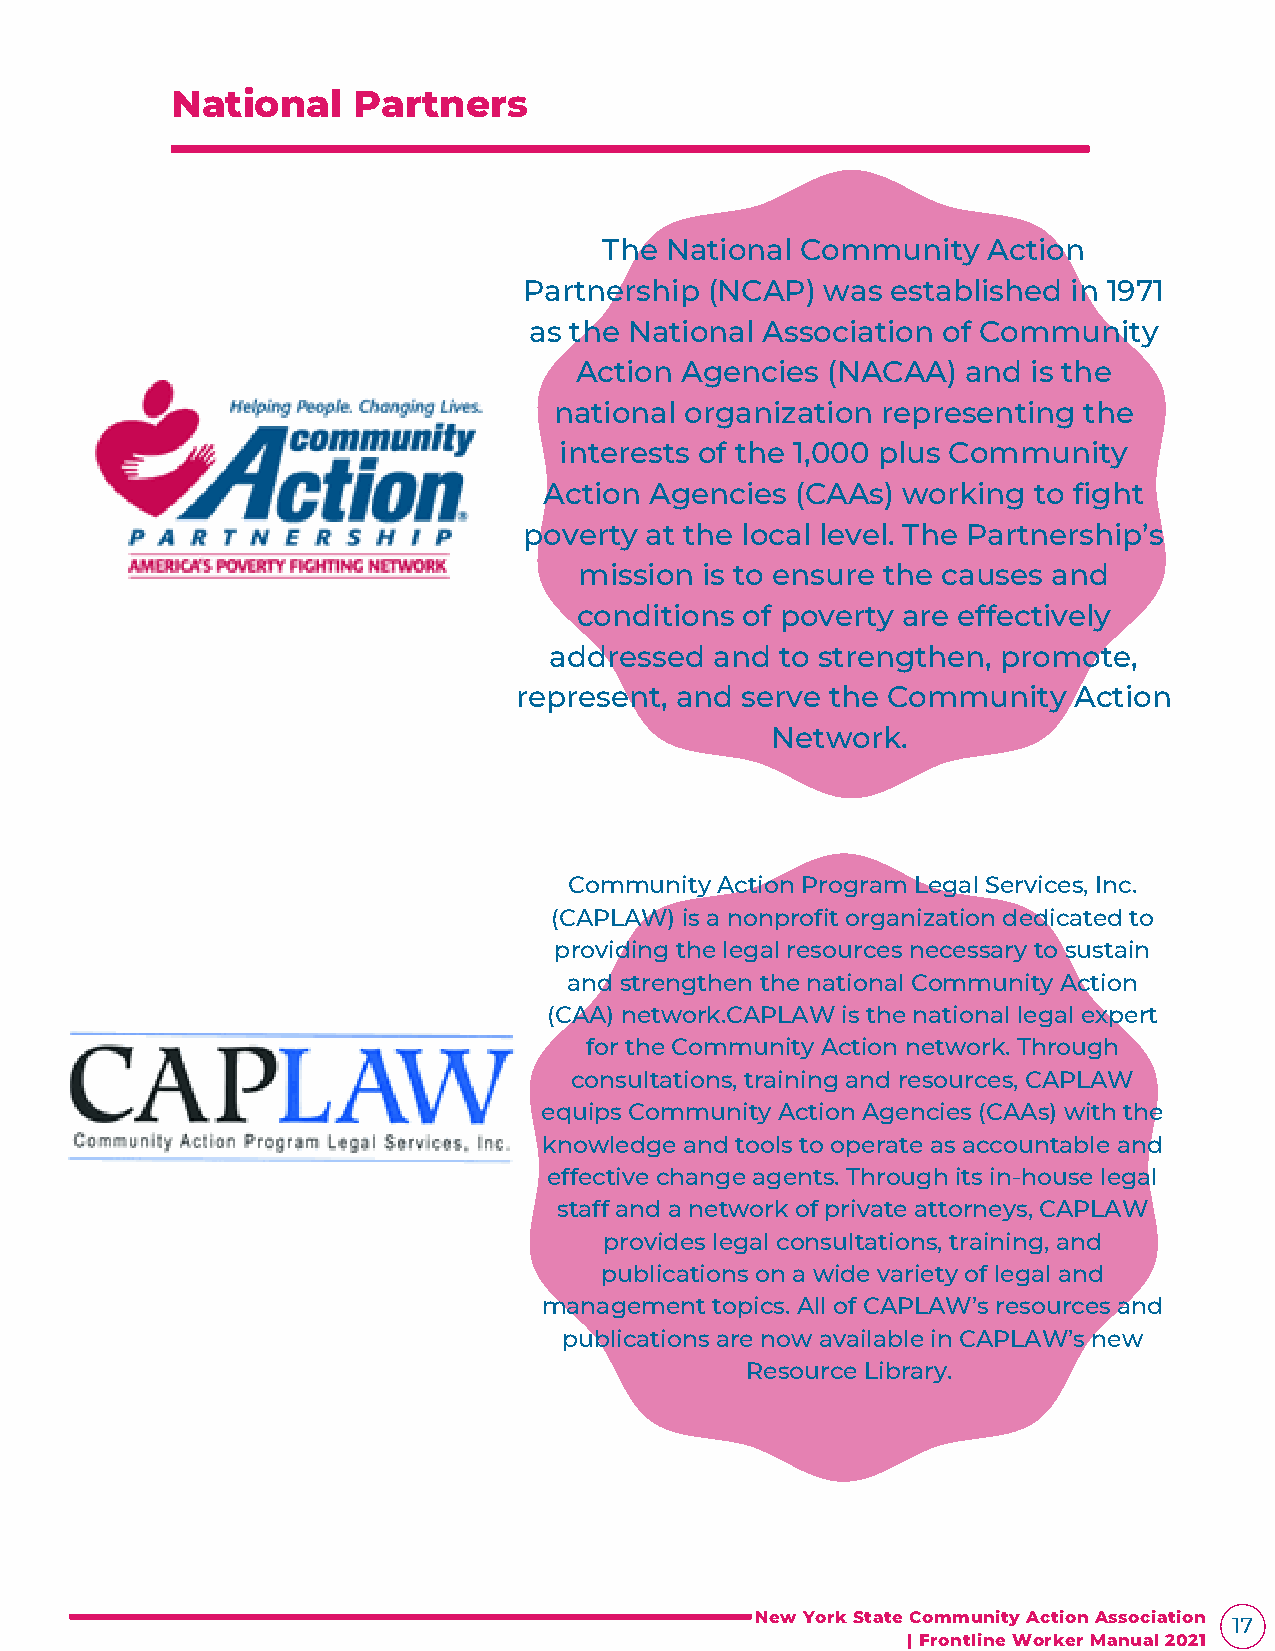
National    Partners
 The National Community   Action
 Partnership (NCAP)  was established in 1971
 as the National Association of Community
 Action Agencies  (NACAA)  and is the
 national organization representing the
 interests of the 1,000 plus Community
 Action Agencies  (CAAs) working to fight
 poverty at the local level. The Partnership’s
 mission is to ensure the causes and
 conditions of poverty are effectively
 addressed  and  to strengthen, promote,
 represent, and serve the Community   Action
 Network.
 Community Action Program Legal Services, Inc.
 (CAPLAW) is a nonprofit organization dedicated to
 providing the legal resources necessary to sustain
 and strengthen the national Community Action
 (CAA) network.CAPLAW is the national legal expert
 for the Community Action network. Through
 consultations, training and resources, CAPLAW
 equips Community Action Agencies (CAAs) with the
 knowledge and tools to operate as accountable and
 effective change agents. Through its in-house legal
 staff and a network of private attorneys, CAPLAW
 provides legal consultations, training, and
 publications on a wide variety of legal and
 management topics. All of CAPLAW’s resources and
 publications are now available in CAPLAW’s new
 Resource Library.
 New York State Community Action Association
 17
 | Frontline Worker Manual 2021